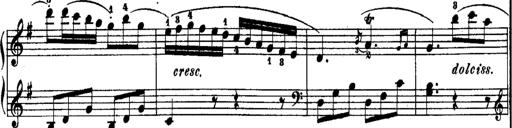
Title: Rondos and Sonatinas for Pianoforte
Composer: Daniel Steibelt